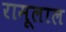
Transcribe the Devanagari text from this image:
रामूलाल